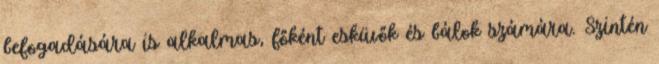
befogadására is alkalmas, főként esküvők és bálok számára. Szintén